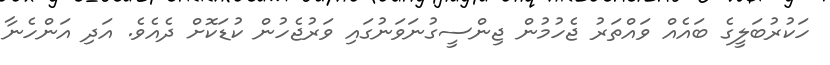
ހަކުރުބަލީގެ ބައެއް ވައްތަރު ޖެހުމުން ޖިންސީގުނަވަނުގައި ވަރުޖެހުން ކުޑަކޮށް ދެއެވެ. އަދި އަންހެނާ